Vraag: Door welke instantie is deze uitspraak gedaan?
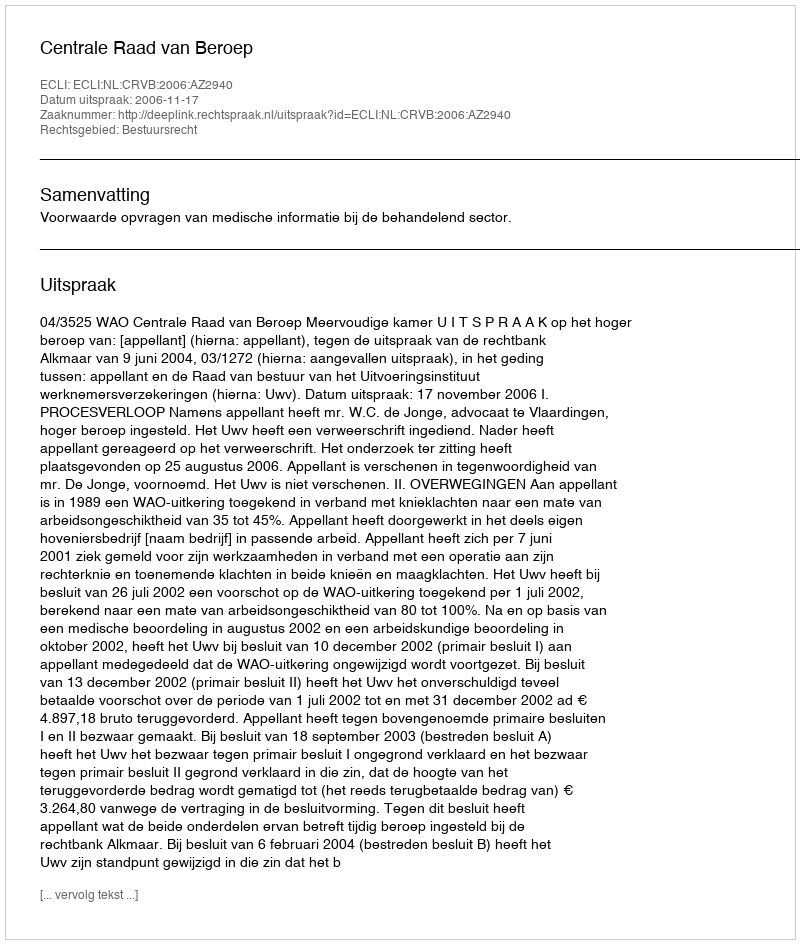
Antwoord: Centrale Raad van Beroep